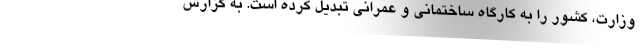
وزارت، کشور را به کارگاه ساختمانی و عمرانی تبدیل کرده است. به گزارش